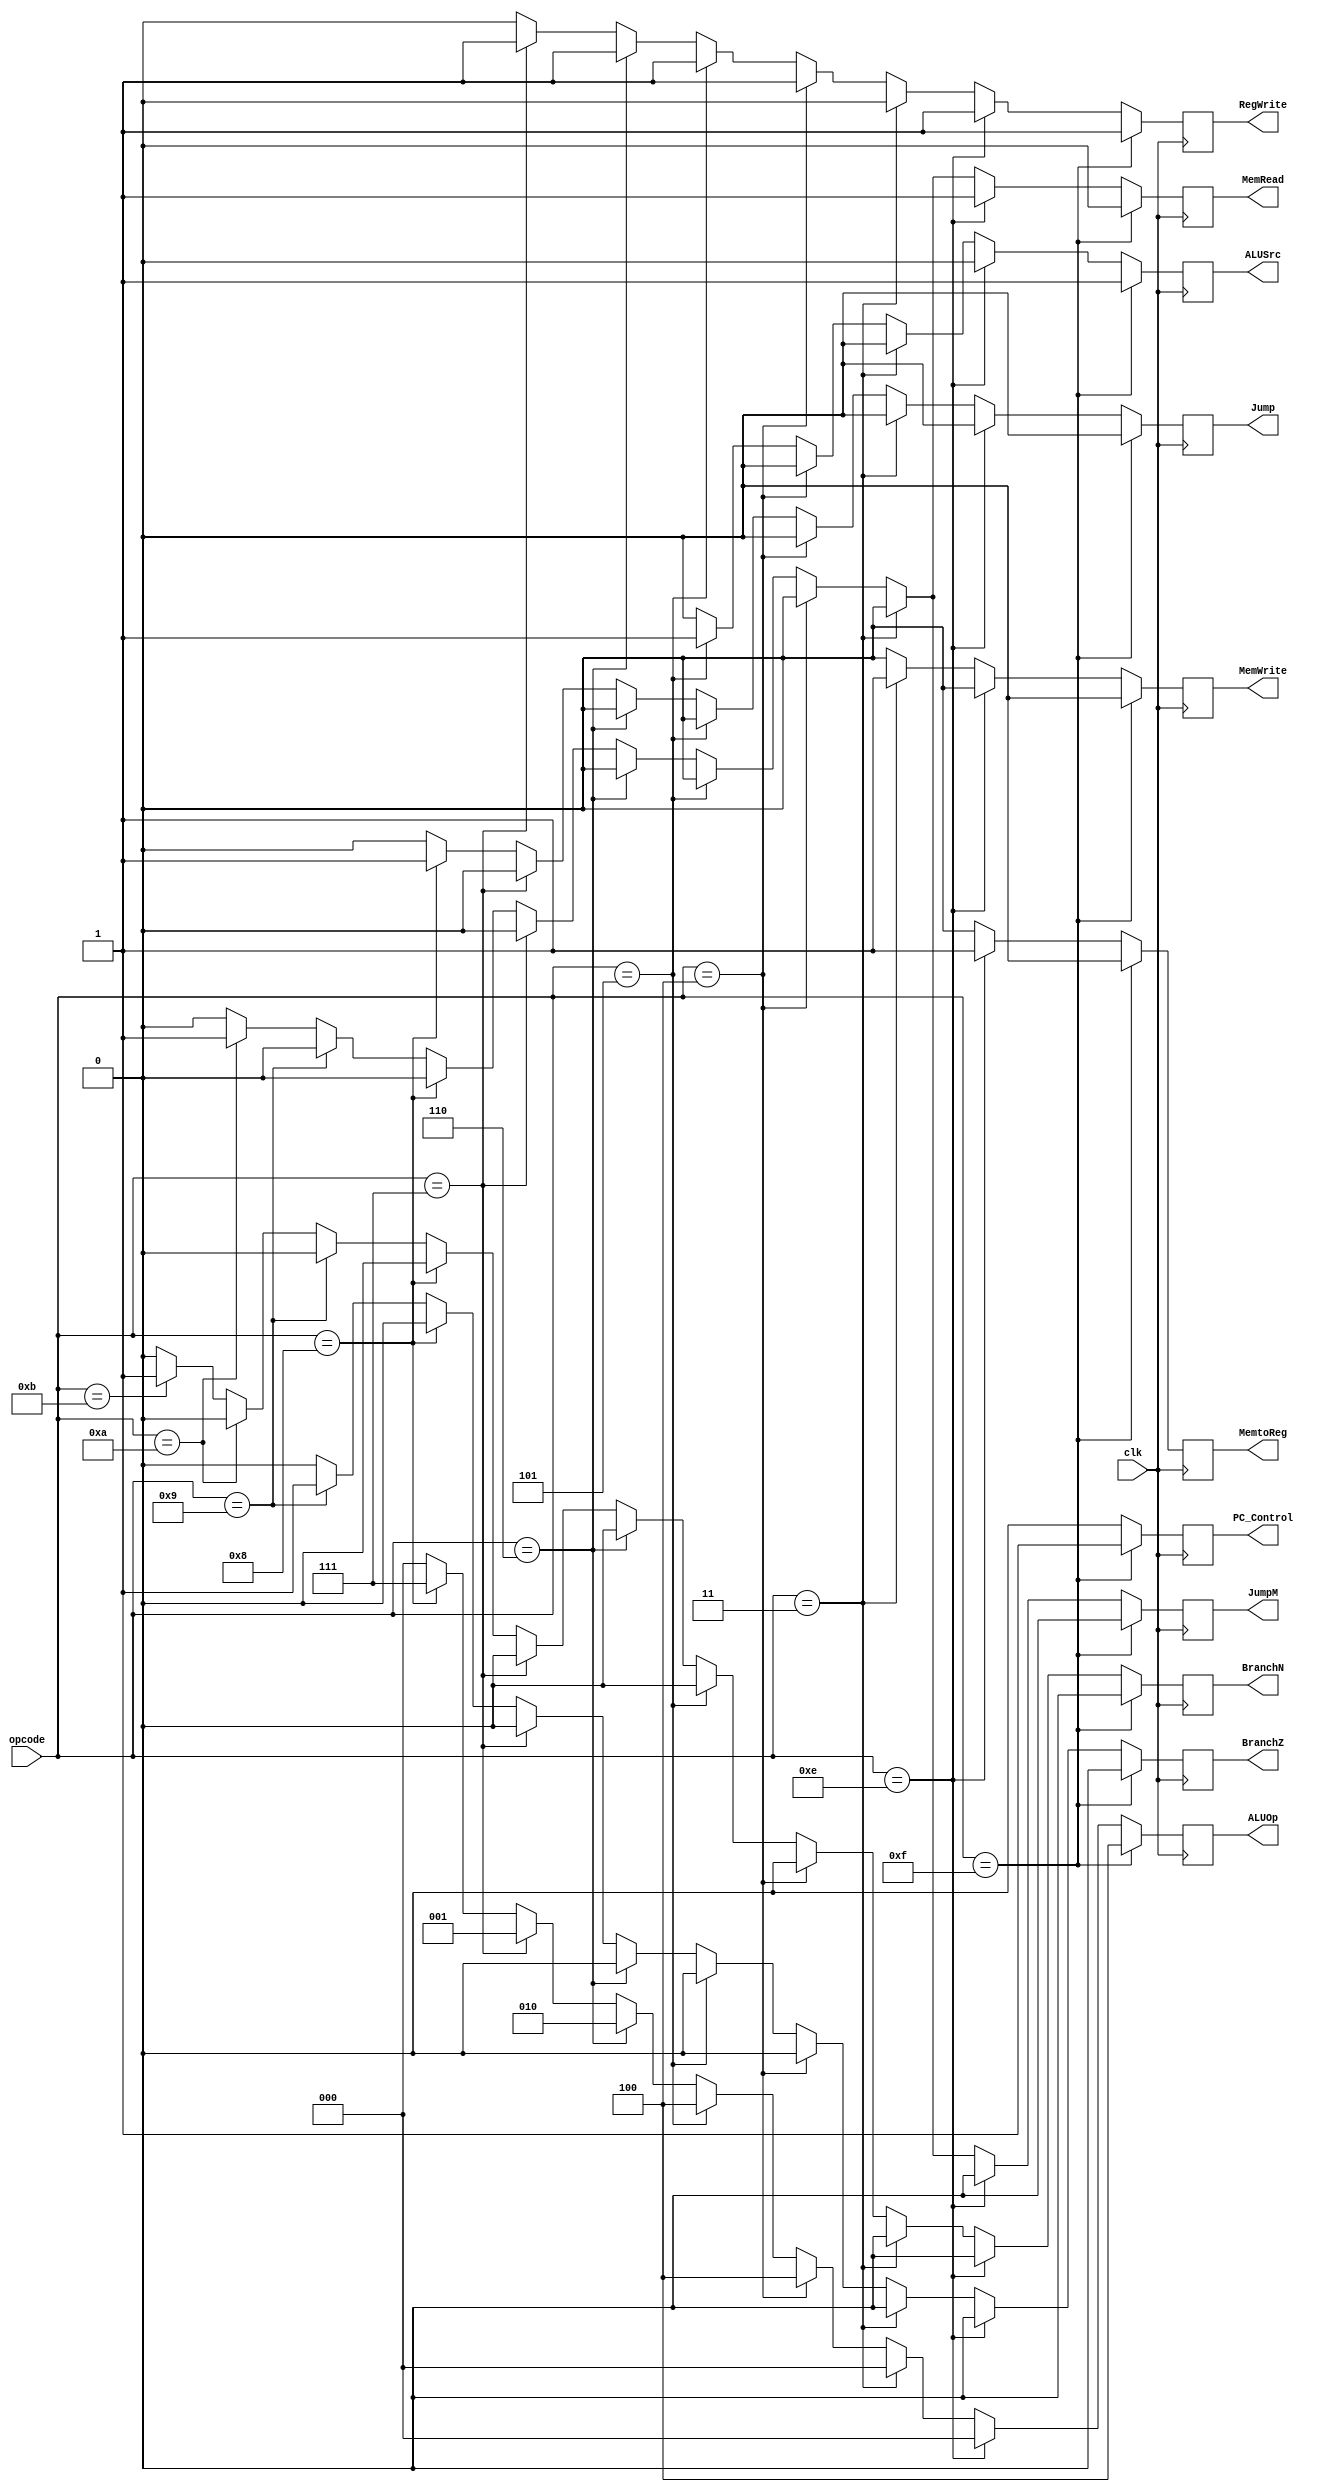
`timescale 1ns / 1ps
//////////////////////////////////////////////////////////////////////////////////
// Company: 
// Engineer: 
// 
// Design Name: 
// Module Name: controlblock
// Project Name: 
// Target Devices: 
// Tool Versions: 
// Description: 
// 
// Dependencies: 
// 
// Revision:
// Revision 0.01 - File Created
// Additional Comments:
// 
//////////////////////////////////////////////////////////////////////////////////


module controlblock(clk, opcode, ALUSrc, ALUOp, MemRead, MemWrite, PC_Control, BranchN, BranchZ, MemtoReg, Jump, RegWrite, JumpM);
    input clk;
    input [3:0]opcode;
    output reg ALUSrc;
    output reg [2:0] ALUOp;
    output reg MemRead;
    output reg MemWrite;
    output reg PC_Control;
    output reg BranchN;
    output reg BranchZ;
    output reg MemtoReg;
    output reg Jump;
    output reg RegWrite;
    output reg JumpM;
    
    always@(negedge clk)
    begin
    //NOP everything should be zero
    ALUSrc = 0;
    ALUOp = 3'b000;
    MemRead = 0;
    MemWrite = 0;
    PC_Control = 0;
    BranchN = 0;
    BranchZ= 0;
    MemtoReg = 0;
    Jump = 0;
    RegWrite = 0;
    JumpM = 0;
    
    //SavePC
    if(opcode == 4'b1111)
    begin
        ALUSrc = 1;
        ALUOp = 3'b100;
        MemWrite = 0;
        PC_Control = 1;
        BranchZ = 0;
        BranchN = 0;
        MemtoReg = 0;
        Jump = 0;
        RegWrite = 1;
        JumpM = 0;
    end
    
    //load
    else if(opcode == 4'b1110)
    begin
        ALUOp = 3'b000;
        MemRead = 1;
        MemWrite = 0;
        BranchN = 0;
        BranchZ = 0;
        MemtoReg = 1;
        Jump = 0;
        RegWrite = 1;
        JumpM = 0;
    end
    
    //store
    else if(opcode == 4'b0011)
    begin
        ALUOp = 3'b000;
        MemRead = 0;
        MemWrite = 1;
        BranchN = 0;
        BranchZ = 0;
        Jump = 0;
        RegWrite = 0;
        JumpM = 0;
    end
    
    //add
    else if(opcode == 4'b0100)
    begin
        ALUSrc = 0;
        ALUOp = 3'b100;
        MemWrite = 0;
        PC_Control = 0;
        BranchN = 0;
        BranchZ = 0;
        MemtoReg = 0;
        Jump = 0;
        RegWrite = 1;
        JumpM = 0;
    end
    
    //increment
    else if(opcode == 4'b0101)
    begin
        ALUSrc = 1;
        ALUOp = 3'b100;
        MemWrite = 0;
        PC_Control = 0;
        BranchN = 0;
        BranchZ = 0;
        MemtoReg = 0;
        Jump = 0;
        RegWrite = 1;
        JumpM = 0;
    end
    
    //negate
    else if(opcode == 4'b0110)
    begin
        ALUOp = 3'b010;
        MemWrite = 0;
        PC_Control = 0;
        BranchN = 0;
        BranchZ = 0;
        MemtoReg = 0;
        Jump = 0;
        RegWrite = 1;
        JumpM = 0;
    end
    
    //subtract
    else if(opcode == 4'b0111)
    begin
        ALUSrc = 0;
        ALUOp = 3'b001;
        MemWrite = 0;
        PC_Control = 0;
        BranchN = 0;
        BranchZ= 0;
        MemtoReg = 0;
        Jump = 0;
        RegWrite = 1;
        JumpM = 0;
    end
    
    //jump
    else if(opcode == 4'b1000)
    begin
        ALUOp = 3'b111;
        MemWrite = 0;
        PC_Control = 0;
        BranchN = 0;
        BranchZ= 0;
        Jump = 1;
        RegWrite = 0;
        JumpM = 0;
    end
    
    // branch if Z
    else if(opcode == 4'b1001)
    begin
        ALUOp = 3'b000;
        MemWrite = 0;
        BranchZ = 1;
        BranchN = 0;
        RegWrite = 0;
        JumpM = 0;
    end
    
    // jump memory
    else if(opcode == 4'b1010)
    begin
        ALUOp = 3'b000;
        MemRead = 1;
        MemWrite = 0;
        BranchN = 0;
        BranchZ = 0;
        RegWrite = 0;
        JumpM = 1;
    end
    
    // branch if N
    else if(opcode == 4'b1011)
    begin
        ALUOp = 3'b000;
        MemWrite = 0;
        BranchN = 1;
        BranchZ = 0;
        RegWrite = 0;
        JumpM = 0;
    end
    
    end
    
endmodule